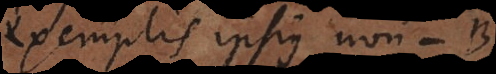
exemplis ipsius non‐B